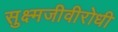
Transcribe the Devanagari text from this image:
सुक्ष्मजीवीरोधी